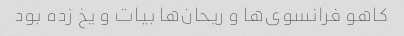
کاهو فرانسوی‌ها و ریحان‌ها بیات و یخ زده بود